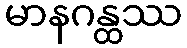
မာနဂန္ထဿ